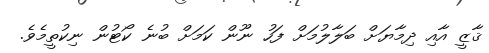
ޤާޒީ އާއި ދިމާޔަށް ބަލާލުމަށް ފަހު ނޫން ކަމަށް ބުނެ ކޯޓުން ނިކުތީމެވެ.